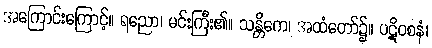
အကြောင်းကြောင့်။ ရညော၊ မင်းကြီး၏။ သန္တိကေ၊ အထံတော်၌။ ပဋိဝစနံ၊